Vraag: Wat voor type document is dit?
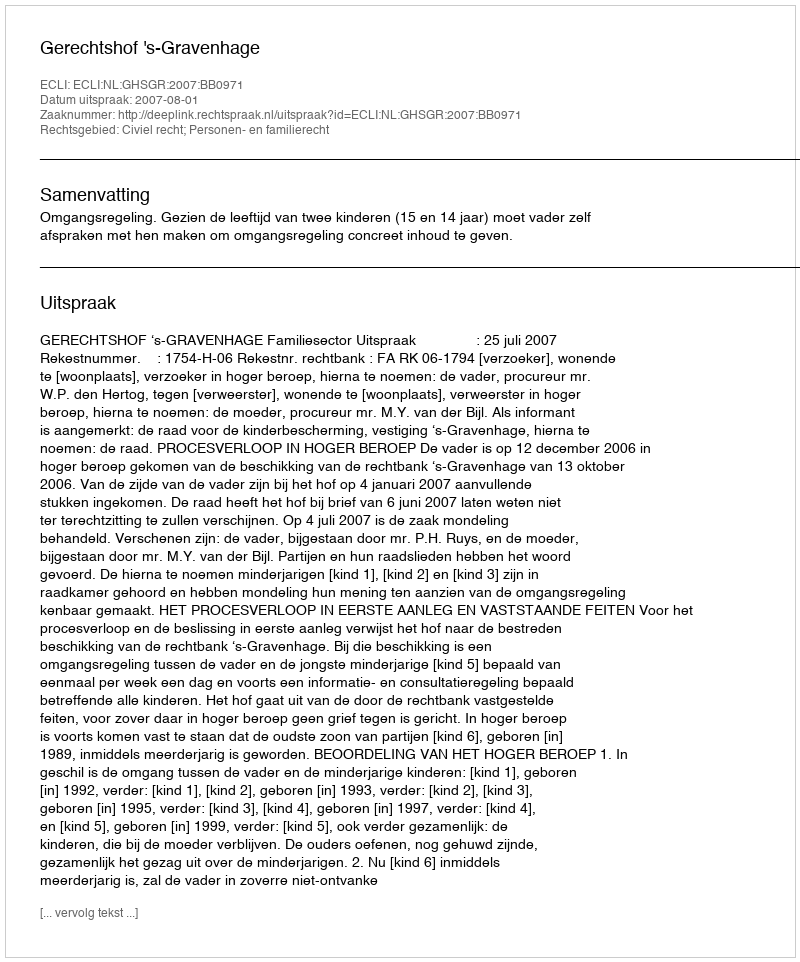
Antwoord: Uitspraak